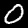
Digit: 0